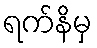
ရက်နိမှ